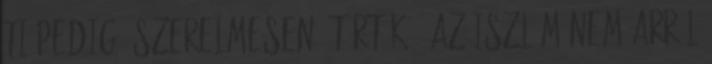
ti pedig "szerelmesen" tűrtök - az Iszlám nem arról